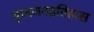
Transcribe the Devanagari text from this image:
वृध्दजनइतिहास